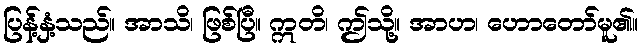
ပြန့်နှံ့သည်။ အာသိ၊ ဖြစ်ပြီ။ ဣတိ၊ ဤသို့။ အာဟ၊ ဟောတော်မူ၏။